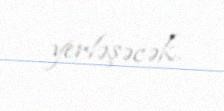
yerləşəcək.